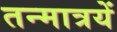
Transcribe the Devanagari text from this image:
तन्मात्रयें